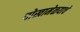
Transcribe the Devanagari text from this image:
चोखामेळयाचे